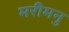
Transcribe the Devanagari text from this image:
मरीमनु